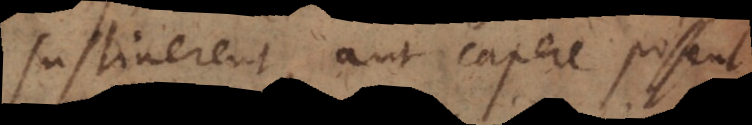
sustinerent, aut capere possent,